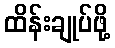
ထိန်းချုပ်ဖို့